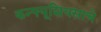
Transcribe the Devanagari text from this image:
कन्फ्यूशियसाचे